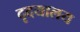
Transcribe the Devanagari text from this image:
दृदयालय